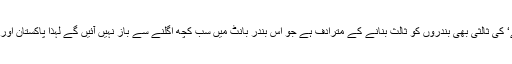
مگر عالمی برادری جس سے دراصل امریکہ مراد ہے‘ کی ثالثی بھی بندروں کو ثالث بنانے کے مترادف ہے جو اس بندر بانٹ میں سب کچھ اگلنے سے باز نہیں آئیں گے لہٰذا پاکستان اور کشمیری عوام فی الوقت کسی ثالثی کے موڈ میں نہیں۔